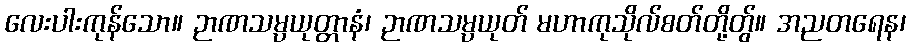
လေးပါးကုန်သော။ ဉာဏသမ္ပယုတ္တာနံ၊ ဉာဏသမ္ပယုတ် မဟာကုသိုလ်စတ်တို့တွ်။ အညတရေန၊